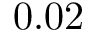
0 . 0 2